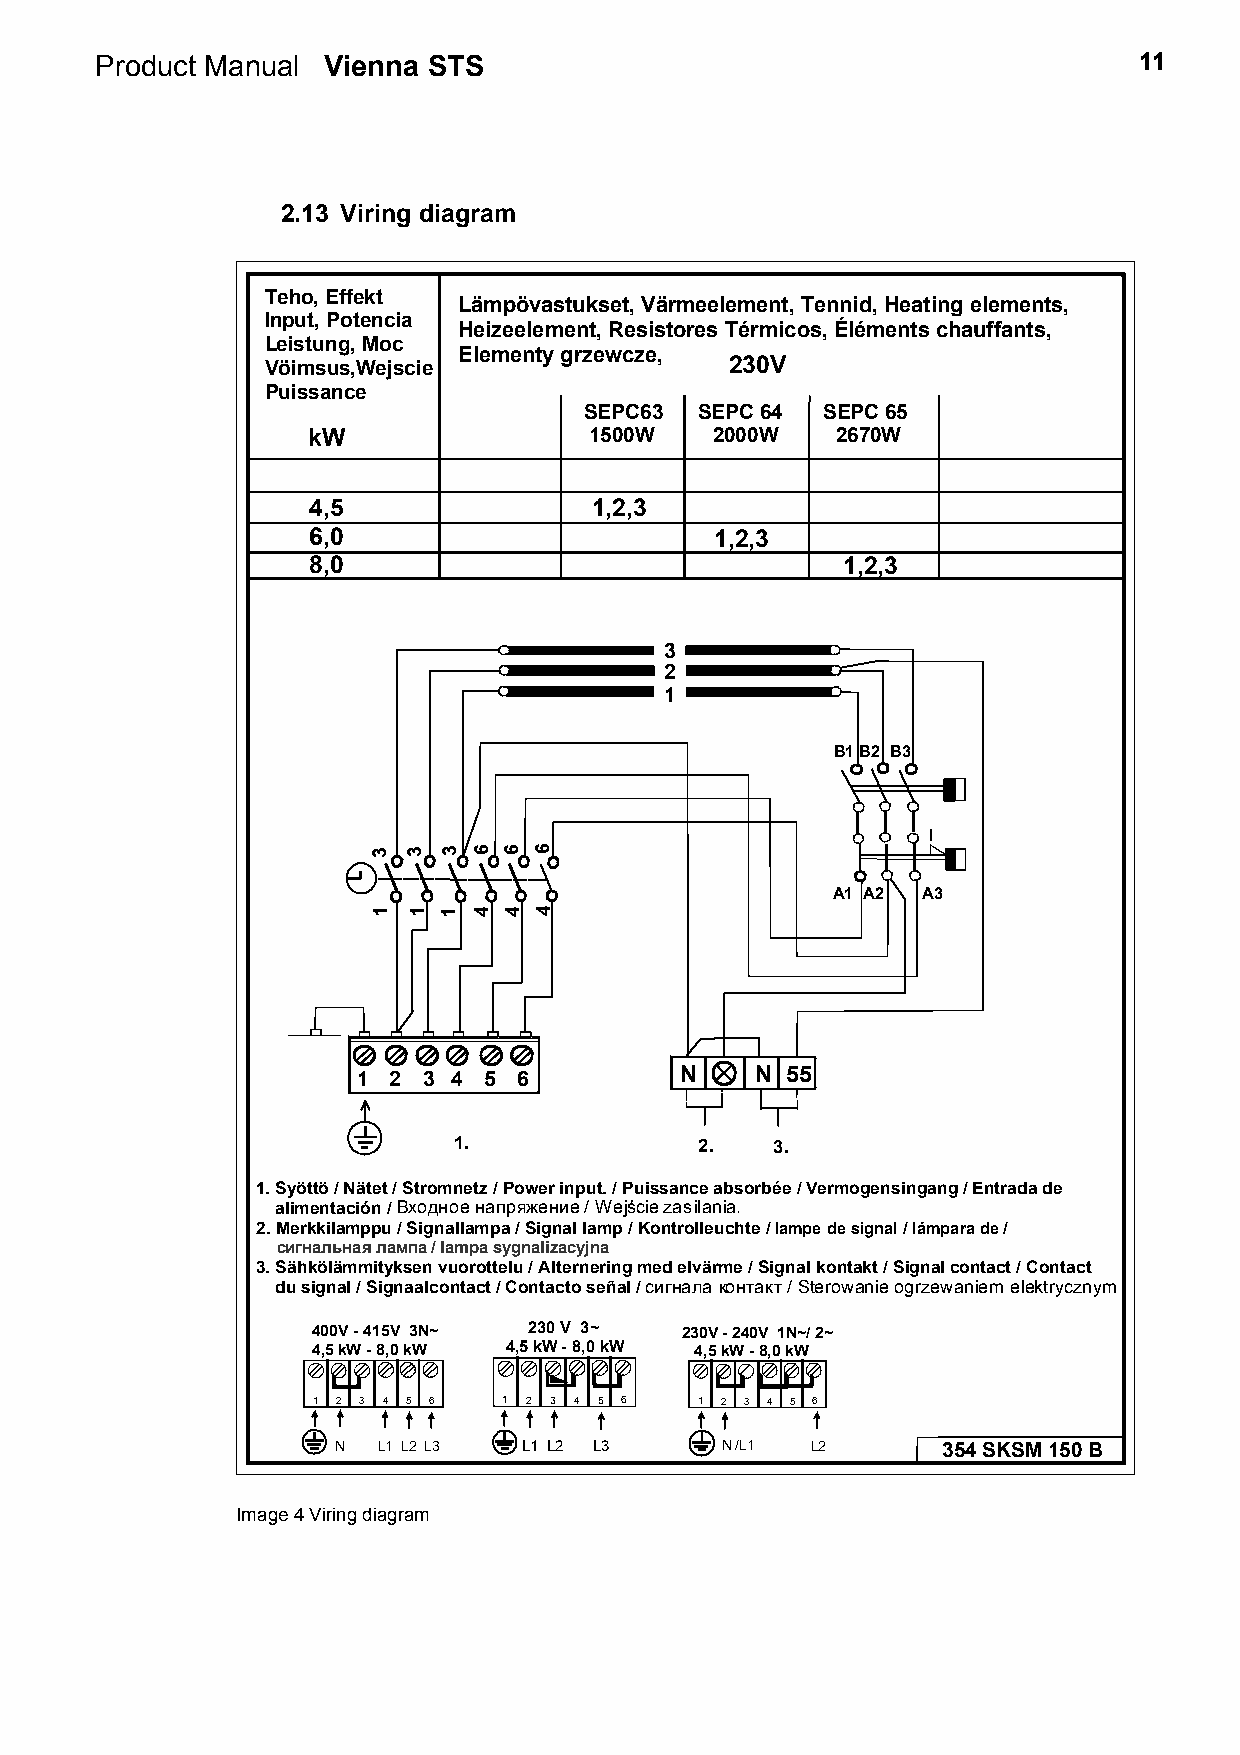
Product Manual Vienna STS                                            11
 2.13 Viring diagram
 Teho, Effekt
 Lämpövastukset, Värmeelement, Tennid, Heating elements,
 Input, Potencia
 Heizeelement, Resistores Térmicos, Éléments chauffants,
 Leistung, Moc
 Elementy grzewcze,
 Vöimsus,Wejscie               230V
 Puissance
 SEPC63 SEPC 64 SEPC 65
 kW                 1500W   2000W   2670W
 4,5                1,2,3
 6,0                        1,2,3
 8,0                                 1,2,3
 3
 2
 1
 B1 B2 B3
 3 3 3 6 6 6
 A1 A2 A3
 1 1 1 4 4 4
 1 2 3 4 5 6          N    N 55
 1.              2.   3.
 1. Syöttö / Nätet / Stromnetz / Power input. / Puissance absorbée / Vermogensingang / Entrada de
 alimentación /Входное напряжение / Wejście zasilania.
 2. Merkkilamppu / Signallampa / Signal lamp / Kontrolleuchte / lampe de signal / lámpara de /
 сигнальная лампа / lampa sygnalizacyjna
 3. Sähkölämmityksen vuorottelu / Alternering med elvärme / Signal kontakt / Signal contact / Contact
 du signal / Signaalcontact / Contacto señal /сигнала контакт / Sterowanie ogrzewaniem elektrycznym
 400V - 415V 3N~ 230 V 3~ 230V - 240V 1N~/ 2~
 4,5 kW - 8,0 kW 4,5 kW - 8,0 kW 4,5 kW - 8,0 kW
 1 2 3 4 5 6 1 2 3 4 5 6  1 2 3 4 5 6
 N  L1 L2 L3  L1 L2 L3     N /L1 L2      354 SKSM 150 B
 Image 4 Viring diagram